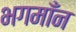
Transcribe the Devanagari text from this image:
भगमाँन